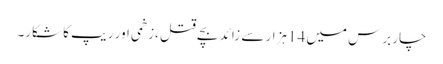
چار برس میں 14ہزار سے زائد بچے قتل ،زخمی اور ریپ کا شکار۔